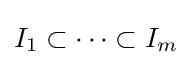
I_{1}\subset \dots \subset I_{m}